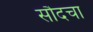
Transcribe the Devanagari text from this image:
सौदचा